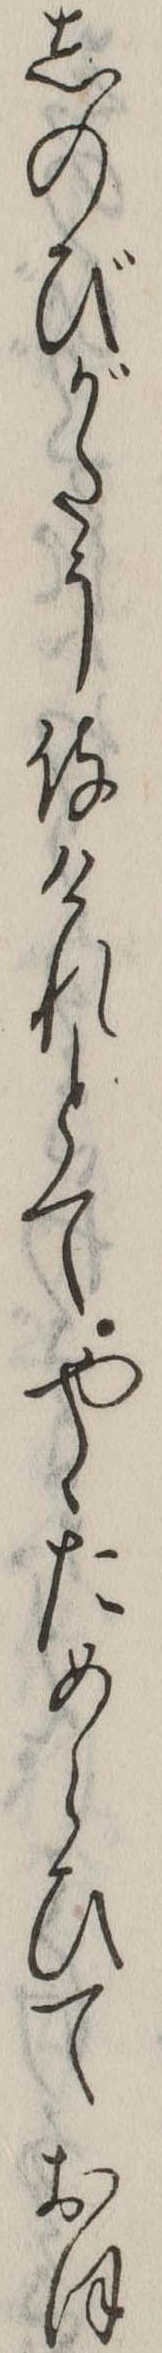
しのびがたう侍けれとてやゝためらひておほ